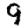
Digit: 9